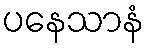
ပနေသာနံ